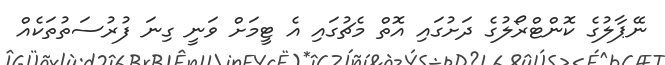
ނޭޕާލުގެ ކޮންޓްރޯލުގެ ދަށުގައި އޮތް މެޗުގައި އެ ޓީމަށް ވަނީ ގިނަ ފުރުސަތުތަކެއް